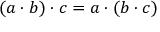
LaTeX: ( a \cdot b ) \cdot c = a \cdot ( b \cdot c )